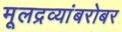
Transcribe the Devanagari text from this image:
मूलद्रव्यांबरोबर